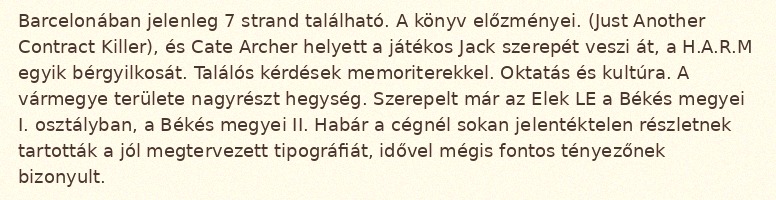
Barcelonában jelenleg 7 strand található. A könyv előzményei. (Just Another Contract Killer), és Cate Archer helyett a játékos Jack szerepét veszi át, a H.A.R.M egyik bérgyilkosát. Találós kérdések memoriterekkel. Oktatás és kultúra. A vármegye területe nagyrészt hegység. Szerepelt már az Elek LE a Békés megyei I. osztályban, a Békés megyei II. Habár a cégnél sokan jelentéktelen részletnek tartották a jól megtervezett tipográfiát, idővel mégis fontos tényezőnek bizonyult.